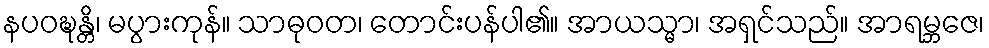
နပဝဍ္ဎန္တိ၊ မပွားကုန်။ သာဓုဝတ၊ တောင်းပန်ပါ၏။ အာယသ္မာ၊ အရှင်သည်။ အာရမ္ဘဇေ၊